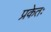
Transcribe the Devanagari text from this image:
प्रकेतः